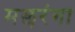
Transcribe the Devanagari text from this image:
मछरंगा